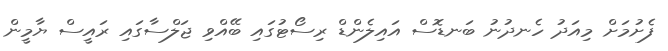
ފެށުމަށް މިއަދު ހެނދުނު ބަނޑޮސް އައިލެންޑް ރިސޯޓުގައި ބޭއްވި ޖަލްސާގައި ރައީސް ޔާމީން